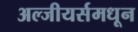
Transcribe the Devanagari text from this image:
अल्जीयर्समधून